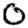
Digit: 0